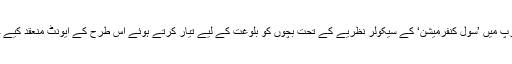
شمالی یورپ میں ’سول کنفرمیشن‘ کے سیکولر نظریے کے تحت بچوں کو بلوغت کے لیے تیار کرتے ہوئے اس طرح کے ایونٹ منعقد کیے جاتے ہیں۔